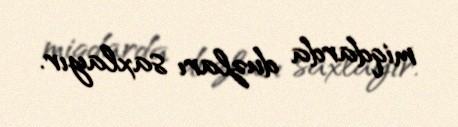
miqdarda duzları saxlayır.